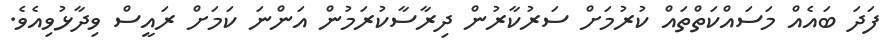
ފަދަ ބައެއް މަސައްކަތްތައް ކުރުމަށް ސަރުކާރުން ދިރާސާކުރަމުން އަންނަ ކަމަށް ރައީސް ވިދާޅުވިއެވެ.